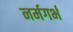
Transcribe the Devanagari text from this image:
नर्मगर्भ